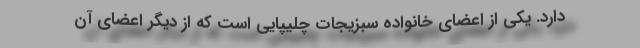
دارد. یکی از اعضای خانواده سبزیجات چلیپایی است که از دیگر اعضای آن